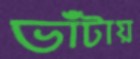
ভাঁটায়